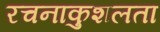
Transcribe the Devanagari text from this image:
रचनाकुशलता